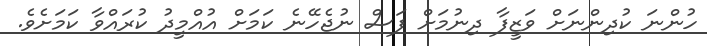
ހުންނަ ކުދިންނަށް ވަޒީފާ ދިނުމަށް ފަސް ނުޖެހޭނެ ކަމަށް އުއްމީދު ކުރައްވާ ކަމަށެވެ.